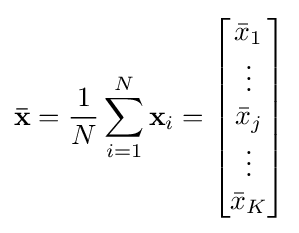
\mathbf {\bar {x}} ={\frac {1}{N}}\sum _{i=1}^{N}\mathbf {x} _{i}={\begin{bmatrix}{\bar {x}}_{1}\\\vdots \\{\bar {x}}_{j}\\\vdots \\{\bar {x}}_{K}\end{bmatrix}}